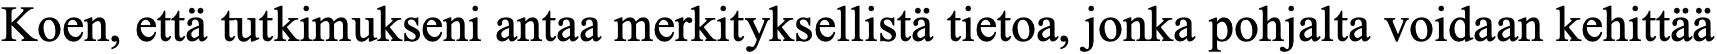
Koen, että tutkimukseni antaa merkityksellistä tietoa, jonka pohjalta voidaan kehittää